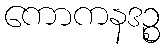
ကောကနဒဉ္စ